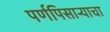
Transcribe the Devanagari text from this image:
पर्णपिसाऱ्याचा